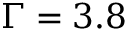
\Gamma = 3 . 8